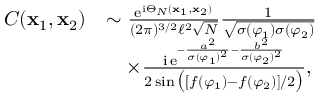
\begin{array} { r l } { C ( \textbf x _ { 1 } , \textbf x _ { 2 } ) } & { \sim \frac { \mathrm { e } ^ { \mathrm { i } \Theta _ { N } ( \textbf x _ { 1 } , \textbf x _ { 2 } ) } } { ( 2 \pi ) ^ { 3 / 2 } \ell ^ { 2 } \sqrt { N } } \frac { 1 } { \sqrt { \sigma ( \varphi _ { 1 } ) \sigma ( \varphi _ { 2 } ) } } } \\ & { \quad \times \frac { \mathrm { i } \, \mathrm { e } ^ { - \frac { a ^ { 2 } } { \sigma ( \varphi _ { 1 } ) ^ { 2 } } - \frac { b ^ { 2 } } { \sigma ( \varphi _ { 2 } ) ^ { 2 } } } } { 2 \sin \big ( [ f ( \varphi _ { 1 } ) - f ( \varphi _ { 2 } ) ] / 2 \big ) } , } \end{array}